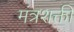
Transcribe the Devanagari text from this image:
मंत्रशक्ती